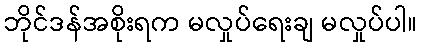
ဘိုင်ဒန်အစိုးရက မလှုပ်ရေးချ မလှုပ်ပါ။